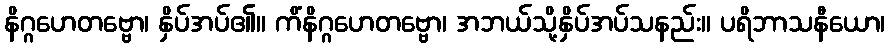
နိဂ္ဂဟေတဗ္ဗော၊ နှိပ်အပ်၏။ ကိံနိဂ္ဂဟေတဗ္ဗော၊ အဘယ်သို့နှိပ်အပ်သနည်း။ ပရိဘာသနီယော၊